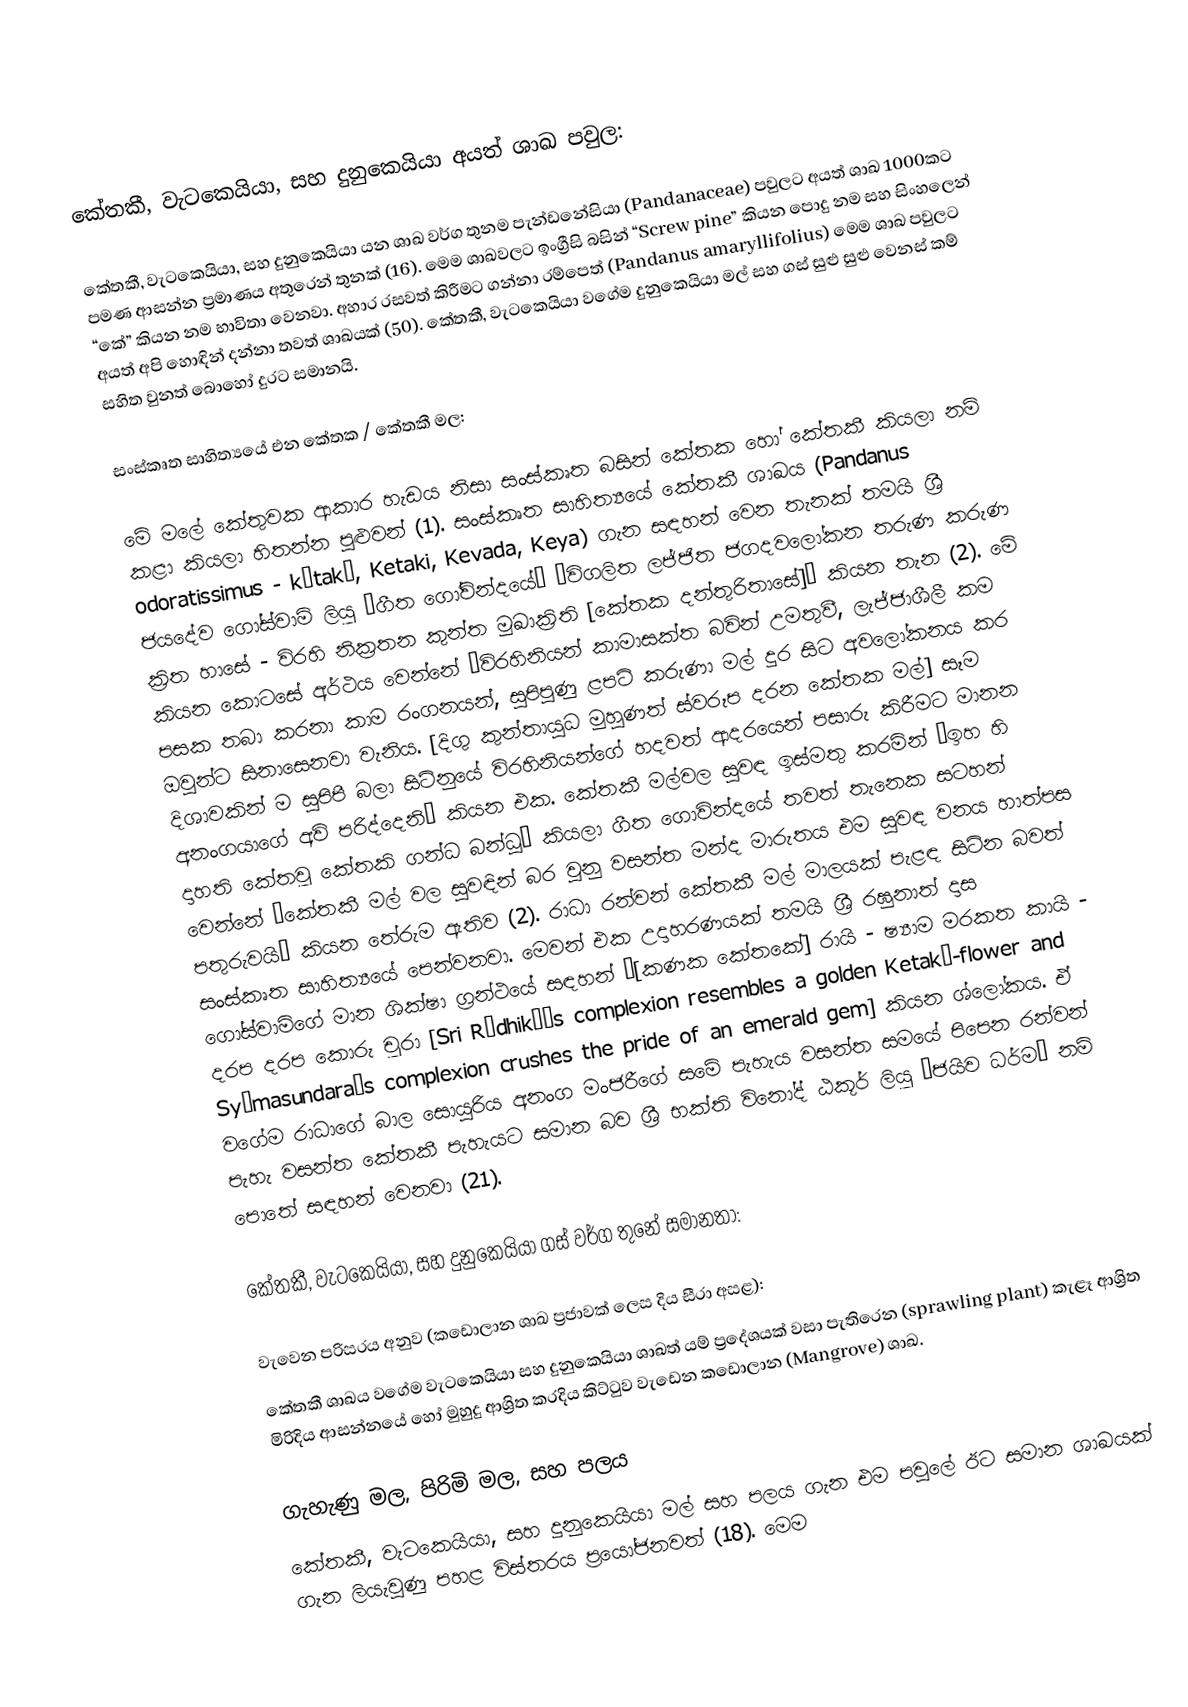

කේතකී, වැටකෙයියා, සහ දුනුකෙයියා අයත් ශාඛ පවුල:

කේතකී, වැටකෙයියා, සහ දුනුකෙයියා යන ශාඛ වර්ග තුනම පැන්ඩනේසියා (Pandanaceae) පවුලට අයත් ශාඛ 1000කට පමණ ආසන්න ප්‍රමාණය අතුරෙන් තුනක් (16). මෙම ශාඛවලට ඉංග්‍රීසි බසින් “Screw pine” කියන පොදු නම සහ සිංහලෙන් “කේ” කියන නම භාවිතා වෙනවා. අහාර රසවත් කිරීමට ගන්නා රම්පෙත් (Pandanus amaryllifolius) මෙම ශාඛ පවුලට අයත් අපි හොඳින් දන්නා තවත් ශාඛයක් (50). කේතකී, වැටකෙයියා වගේම දුනුකෙයියා මල් සහ ගස් සුළු සුළු වෙනස් කම් සහිත වුනත් බොහෝ දුරට සමානයි.

සංස්කෘත සාහිත්‍යයේ එන කේතක / කේතකී මල:

මේ මලේ කේතුවක ආකාර හැඩය නිසා සංස්කෘත බසින් කේතක හෝ කේතකී කියලා නම් කළා කියලා හිතන්න පුළුවන් (1). සංස්කෘත සාහිත්‍යයේ කේතකී ශාඛය (Pandanus odoratissimus - kētakī, Ketaki, Kevada, Keya) ගැන සඳහන් වෙන තැනක් තමයි ශ්‍රී ජයදේව ගෝස්වාමි ලියූ “ගීත ගෝවින්දයේ” “විගලිත ලජ්ජිත ජගදවලෝකන තරුණ කරුණ ක්‍රිත හාසේ - විරහි නික්‍රතන කුන්ත මුඛාක්‍රිති [කේතක දන්තුරිතාසේ]” කියන තැන (2). මේ කියන කොටසේ අර්ථය වෙන්නේ “විරහිනියන් කාමාසක්ත බවින් උමතුවී, ලැජ්ජාශීලී කම පසක තබා කරනා කාම රංගනයන්, සුපිපුණු ළපටි කරුණා මල් දුර සිට අවලෝකනය කර ඔවුන්ට සිනාසෙනවා වැනිය. [දිගු කුන්තායුධ මුහුණත් ස්වරූප දරන කේතක මල්] සෑම දිශාවකින් ම සුපිපී බලා සිටිනුයේ විරහිනියන්ගේ හදවත් ආදරයෙන් පසාරු කිරීමට මානන අනංගයාගේ අවි පරිද්දෙනි” කියන එක. කේතකී මල්වල සුවඳ ඉස්මතු කරමින් “ඉහ හි දාහති කේතවූ කේතකි ගන්ධ බන්ධූ” කියලා ගීත ගොවින්දයේ තවත් තැනෙක සටහන් වෙන්නේ “කේතකී මල් වල සුවඳින් බර වුනු වසන්ත මන්ද මාරුතය එම සුවඳ වනය හාත්පස පතුරුවයි” කියන තේරුම ඇතිව (2). රාධා රන්වන් කේතකී මල් මාලයක් පැළඳ සිටින බවත් සංස්කෘත සාහිත්‍යයේ පෙන්වනවා. මෙවන් එක උදාහරණයක් තමයි ශ්‍රී රඝුනාත් දාස ගෝස්වාමිගේ මාන ශික්ෂා ග්‍රන්ථයේ සඳහන් “[කණක කේතකේ] රායි - ෂ්‍යාම මරකත කායි - දරප දරප කොරු චූරා [Sri Rädhikä’s complexion resembles a golden Ketaké-flower and Syämasundara’s complexion crushes the pride of an emerald gem] කියන ශ්ලෝකය. ඒ වගේම රාධාගේ බාල සොයුරිය අනංග මංජරීගේ සමේ පැහැය වසන්ත සමයේ පිපෙන රන්වන් පැහැ වසන්ත කේතකී පැහැයට සමාන බව ශ්‍රී භක්ති විනෝද් ඨකූර් ලියූ “ජයිව ධර්ම” නම් පොතේ සඳහන් වෙනවා (21).

කේතකී, වැටකෙයියා, සහ දුනුකෙයියා ගස් වර්ග තුනේ සමානතා:

වැවෙන පරිසරය අනුව (කඩොලාන ශාඛ ප්‍රජාවක් ලෙස දිය සීරා අසළ):
කේතකී ශාඛය වගේම වැටකෙයියා සහ දුනුකෙයියා ශාඛත් යම් ප්‍රදේශයක් වසා පැතිරෙන (sprawling plant) කැළෑ ආශ්‍රිත මිරිදිය ආසන්නයේ හෝ මුහුදු ආශ්‍රිත කරදිය කිට්ටුව වැඩෙන කඩොලාන (Mangrove) ශාඛ.

ගැහැණු මල, පිරිමි මල, සහ පලය
කේතකී, වැටකෙයියා, සහ දුනුකෙයියා මල් සහ පලය ගැන එම පවුලේ ඊට සමාන ශාඛයක් ගැන ලියැවුණු පහළ විස්තරය ප්‍රයෝජනවත් (18). මෙම